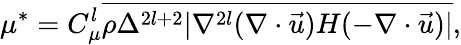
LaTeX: \mu^{*}={C}_{\mu}^{l}\overline{{\rho\Delta^{2l+2}|\nabla^{2l}(\nabla\cdot\vec{u})H(-\nabla\cdot\vec{u})|}},